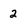
Character: 2